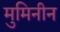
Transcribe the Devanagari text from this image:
मुमिनीन